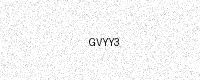
Text: GVYY3